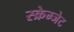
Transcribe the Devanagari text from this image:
स्क्रेम्जेट